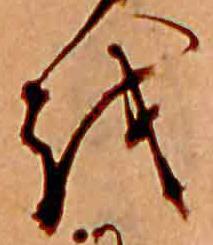
お